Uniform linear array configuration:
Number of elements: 24
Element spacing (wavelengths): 0.75
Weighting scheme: hamming
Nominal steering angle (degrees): -15
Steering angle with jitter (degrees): -15.898
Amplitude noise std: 0.05
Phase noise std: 0.05

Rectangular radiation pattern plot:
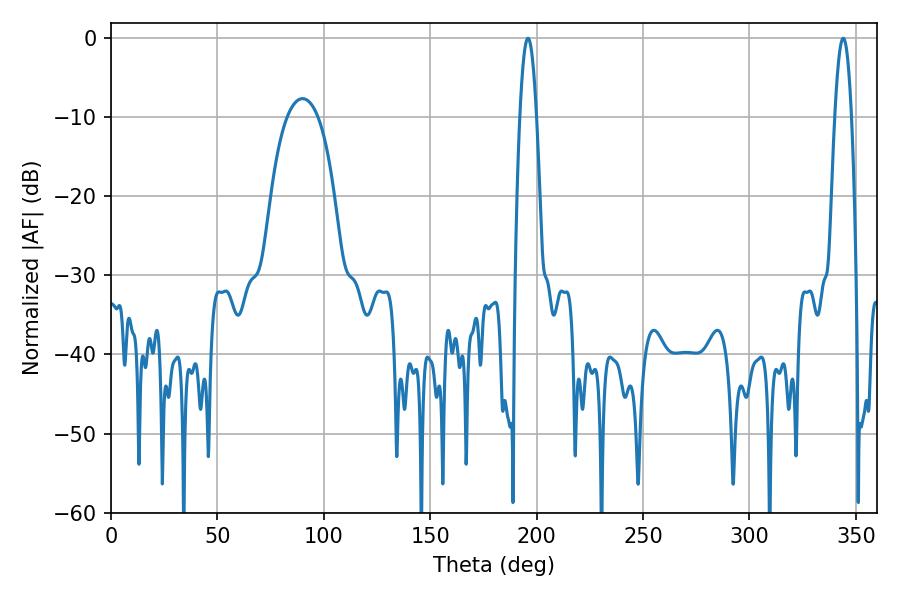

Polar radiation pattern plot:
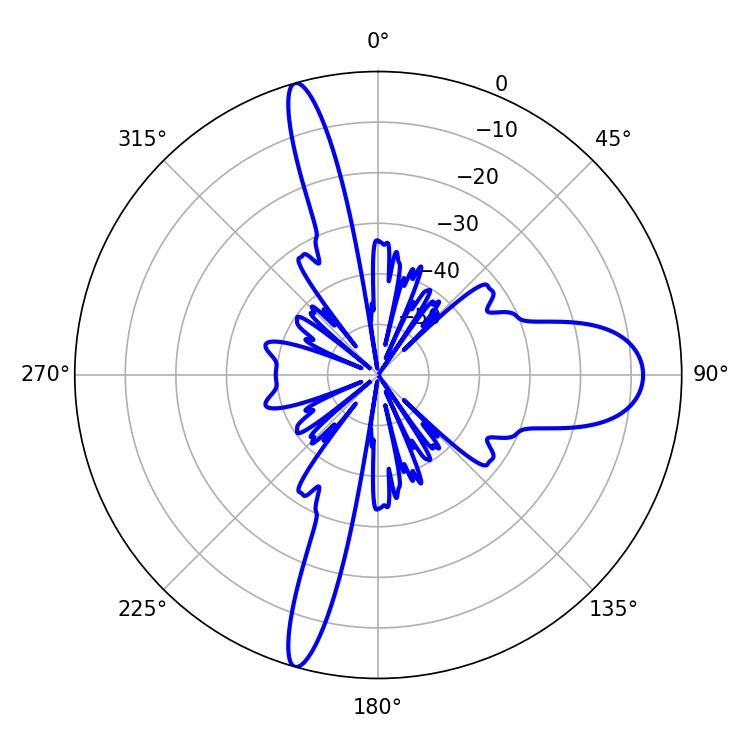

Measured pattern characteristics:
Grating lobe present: TRUE
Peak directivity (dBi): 25.621
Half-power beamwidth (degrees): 4.14
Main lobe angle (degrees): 195.84